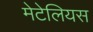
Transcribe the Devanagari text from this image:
मेटेलियस